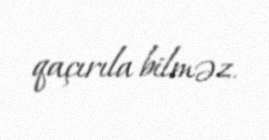
qaçırıla bilməz.